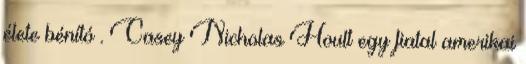
élete bénító . Casey Nicholas Hoult egy fiatal amerikai